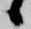
候